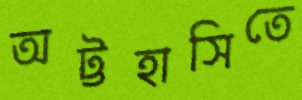
অট্টহাসিতে